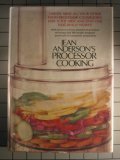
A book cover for Jean Anderson's Processor cooking; Jean Anderson; Cookbooks, Food & Wine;